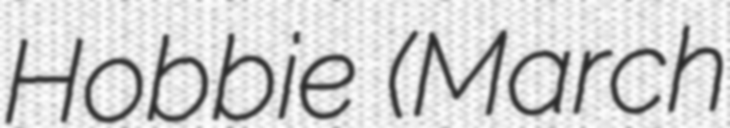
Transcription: Hobbie (March